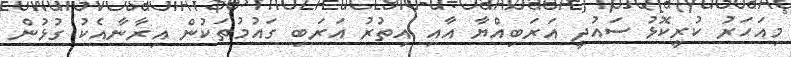
މިއަހަރު ކުރީކޮޅު ސައުދީ އަރަބިއްޔާ އާއި އިތުރު އަރަބި ގައުމުތަކުން އިރާނާއެކު ގުޅުން